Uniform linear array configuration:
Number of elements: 16
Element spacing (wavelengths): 1
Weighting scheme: blackman
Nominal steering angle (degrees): -15
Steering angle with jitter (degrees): -15.274
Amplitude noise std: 0.05
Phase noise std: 0.05

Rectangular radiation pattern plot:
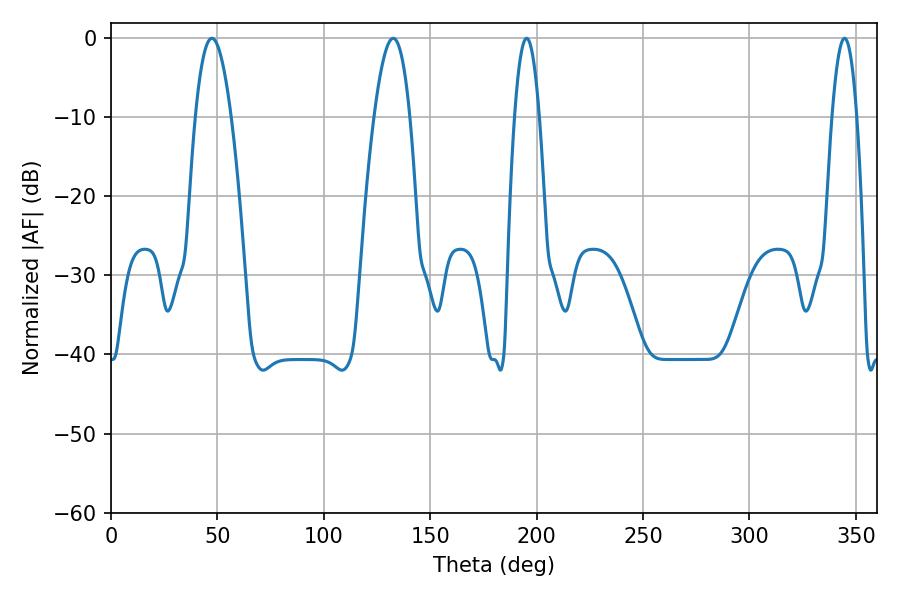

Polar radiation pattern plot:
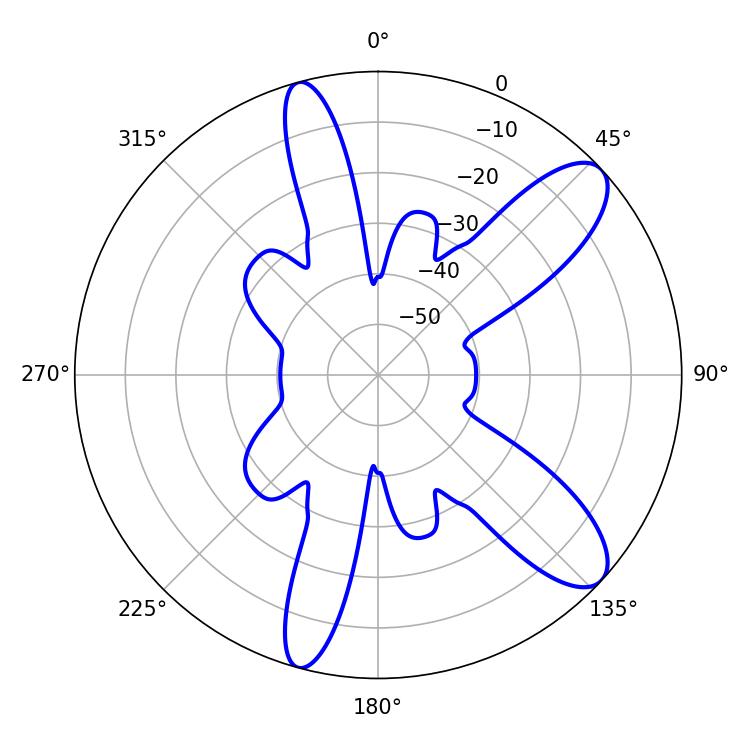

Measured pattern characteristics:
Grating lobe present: TRUE
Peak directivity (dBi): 10.187
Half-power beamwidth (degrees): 6.48
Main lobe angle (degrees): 195.3